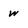
Character: w